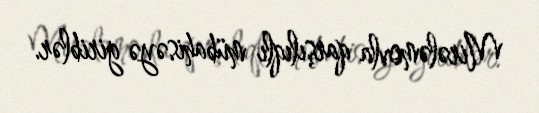
Mirələmovla qarşılıqlı mübahisəyə giriblər.